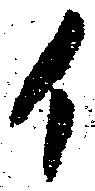
イ